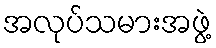
အလုပ်သမားအဖွဲ့